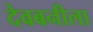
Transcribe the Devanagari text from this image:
देवबनीला